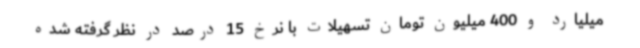
میلیارد و 400 میلیون تومان تسهیلات با نرخ 15 درصد در نظر گرفته شده